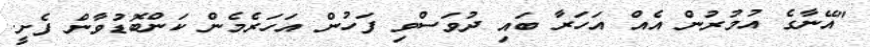
"އޭނާގެ އުމުރުން އެއް އަހަރާ ބައި ދުވަސްވި ފަހުން އަހަރެމެން ކަންބޮޑުވާން ފެށީ.